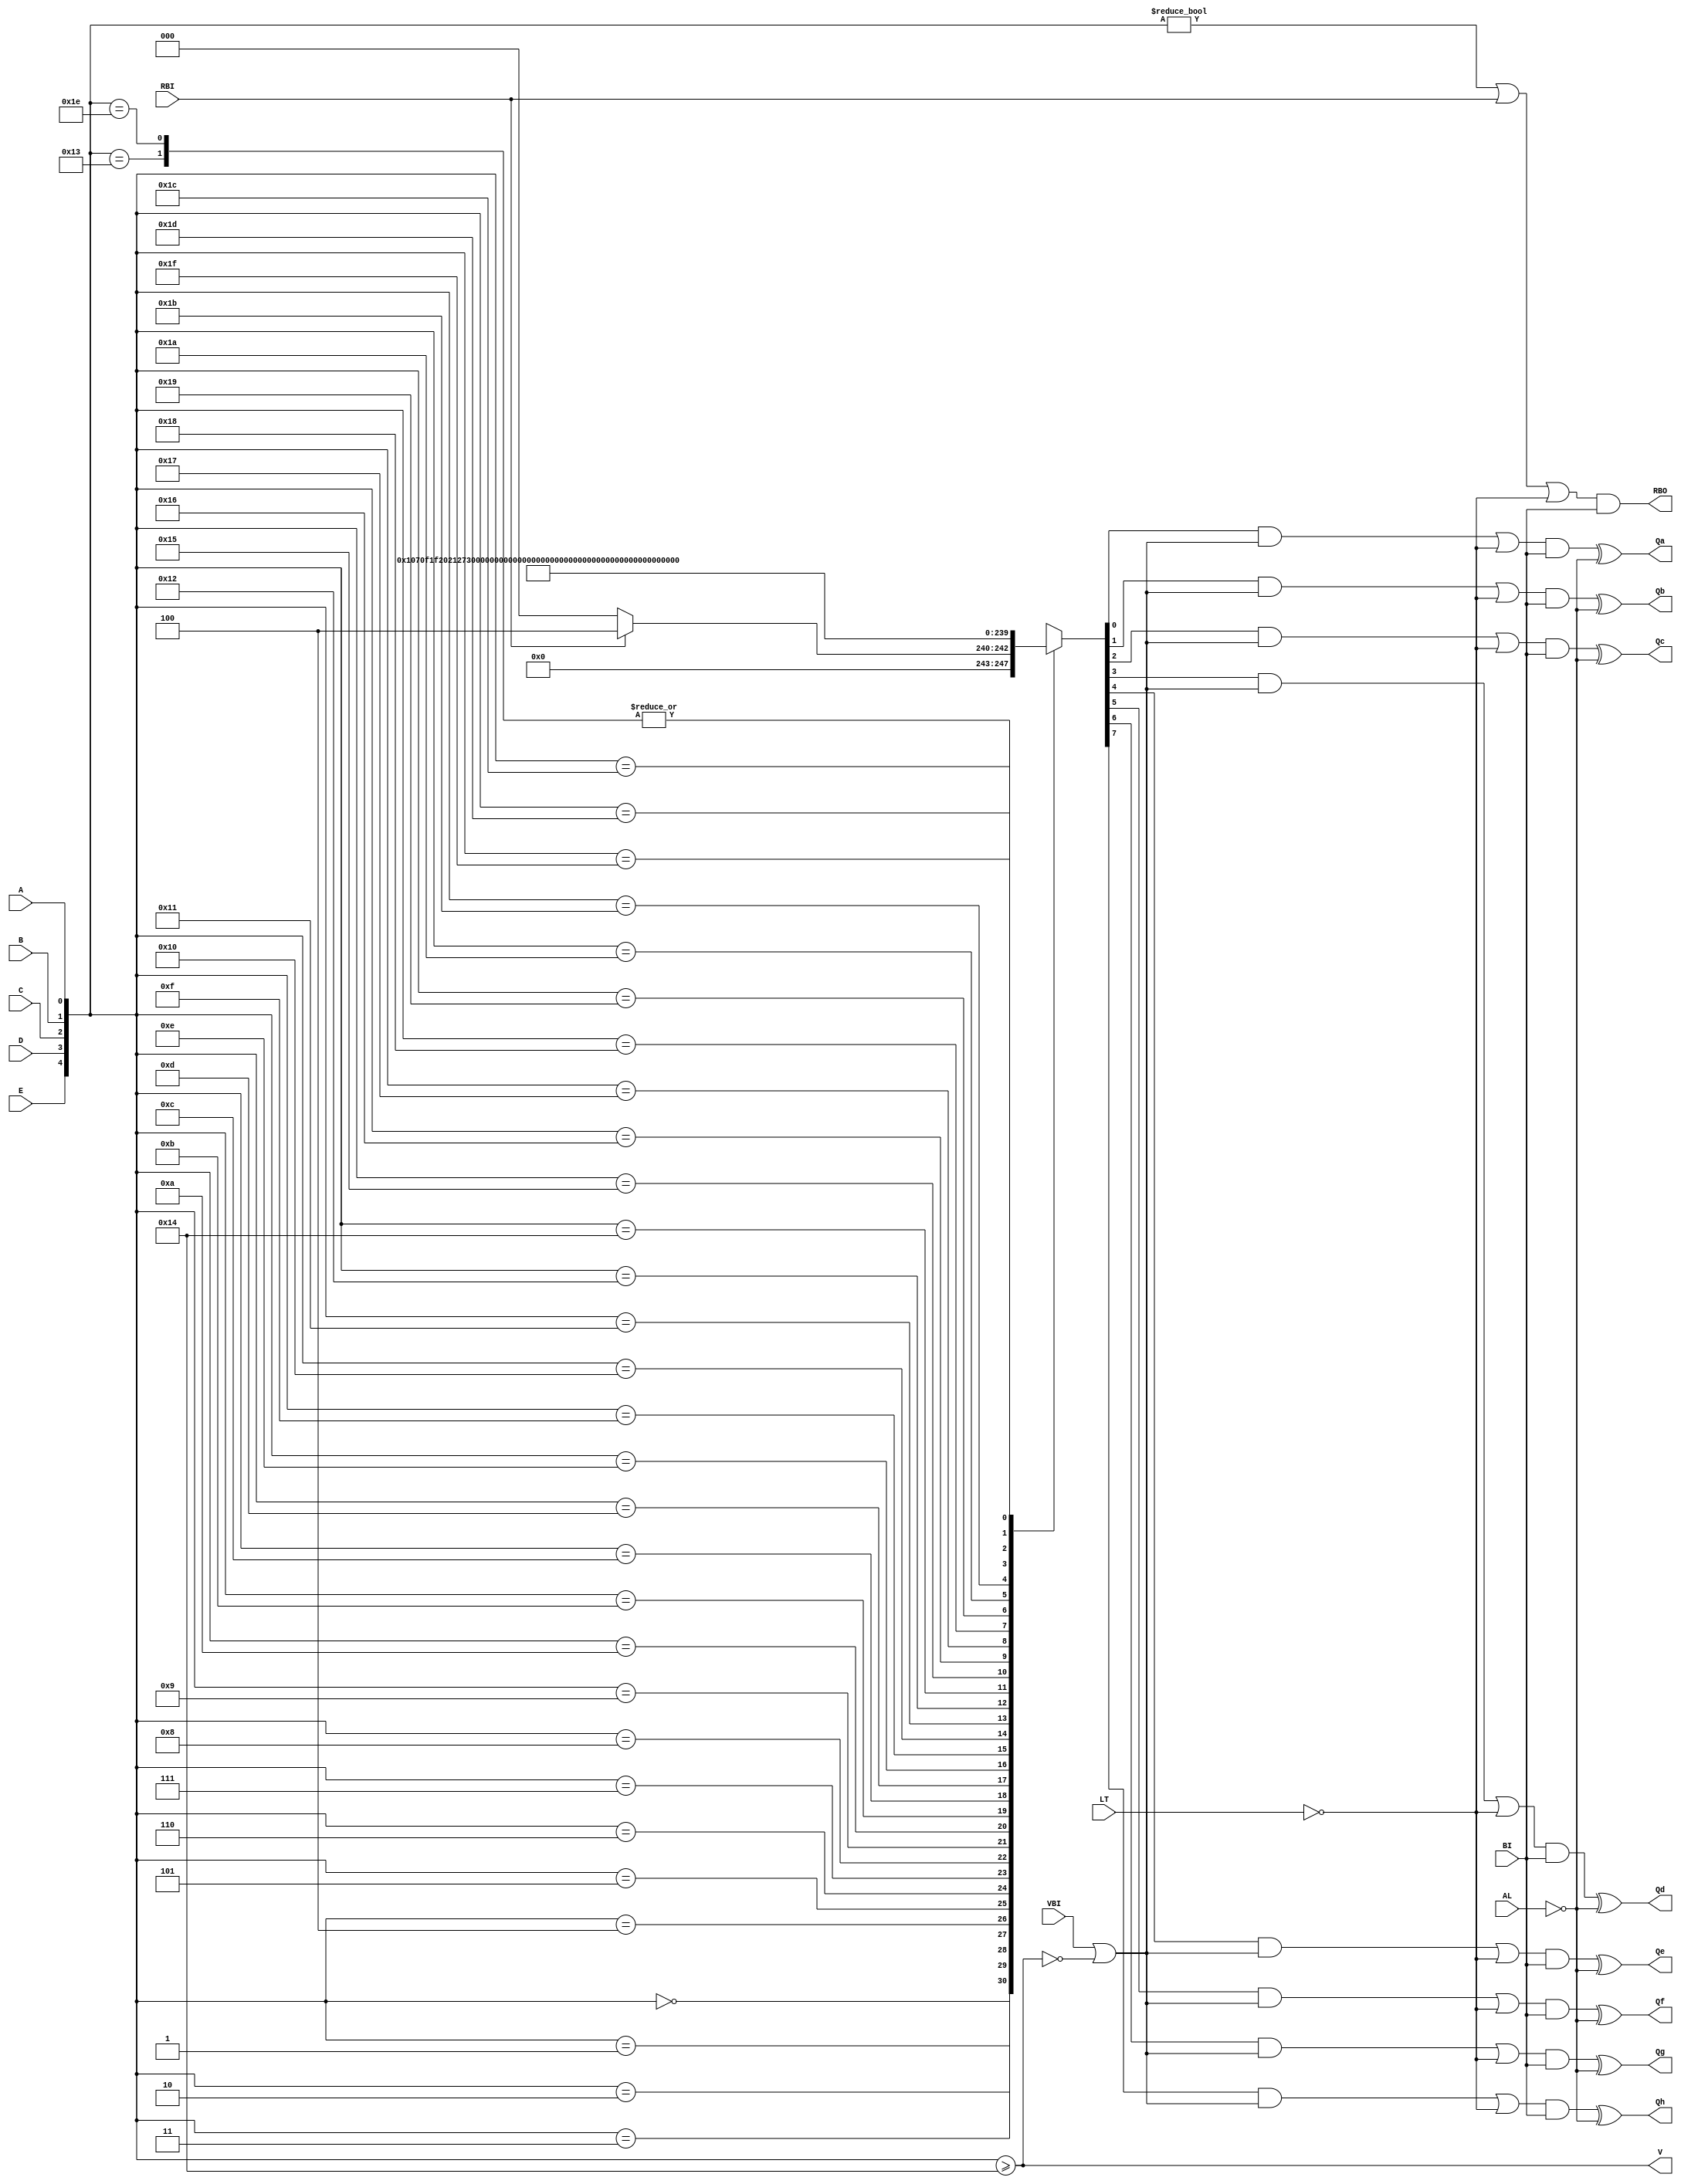
module kaktovik_decoder (
	RBI, BI, LT, AL, VBI,
	A, B, C, D, E,
	RBO, V,
	Qa, Qb, Qc, Qd, Qe, Qf, Qg, Qh
);

	input RBI, BI, LT, AL, VBI;
	input A, B, C, D, E;
	output RBO, V;
	output Qa, Qb, Qc, Qd, Qe, Qf, Qg, Qh;

	wire [4:0] value;
	assign value = {E, D, C, B, A};

	reg [7:0] data;
	assign V = (value >= 20);
	assign RBO = ((value != 0) | RBI | ~LT) & BI;
	assign Qa = (((data[0] & (VBI | ~V)) | ~LT) & BI) ^ ~AL;
	assign Qb = (((data[1] & (VBI | ~V)) | ~LT) & BI) ^ ~AL;
	assign Qc = (((data[2] & (VBI | ~V)) | ~LT) & BI) ^ ~AL;
	assign Qd = (((data[3] & (VBI | ~V)) | ~LT) & BI) ^ ~AL;
	assign Qe = (((data[4] & (VBI | ~V)) | ~LT) & BI) ^ ~AL;
	assign Qf = (((data[5] & (VBI | ~V)) | ~LT) & BI) ^ ~AL;
	assign Qg = (((data[6] & (VBI | ~V)) | ~LT) & BI) ^ ~AL;
	assign Qh = (((data[7] & (VBI | ~V)) | ~LT) & BI) ^ ~AL;

	always @(value) begin
		case (value)
			0: data = (RBI ? 8'b00000100 : 8'b00000000);
			1: data = 8'b00000001;
			2: data = 8'b00000111;
			3: data = 8'b00001111;
			4: data = 8'b00011111;
			5: data = 8'b00100000;
			6: data = 8'b00100001;
			7: data = 8'b00100111;
			8: data = 8'b00101111;
			9: data = 8'b00111111;
			10: data = 8'b01100000;
			11: data = 8'b01100001;
			12: data = 8'b01100111;
			13: data = 8'b01101111;
			14: data = 8'b01111111;
			15: data = 8'b11100000;
			16: data = 8'b11100001;
			17: data = 8'b11100111;
			18: data = 8'b11101111;
			19: data = 8'b11111111;
			20: data = 8'b11000000;
			21: data = 8'b11000001;
			22: data = 8'b11000111;
			23: data = 8'b11001111;
			24: data = 8'b11011111;
			25: data = 8'b10100000;
			26: data = 8'b10100001;
			27: data = 8'b10100111;
			28: data = 8'b10101111;
			29: data = 8'b10111111;
			30: data = 8'b11111111;
			31: data = 8'b00000000;
		endcase
	end

endmodule